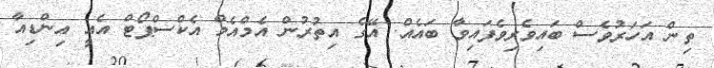
ތިން އަހަރުވެސް ބައިވެރިވެފައިވާ ބައެއް. އޭގެ އިތުރުން އެމްއެމް އެކްސްޕޯޓް އެއީ އިންޑިއާ